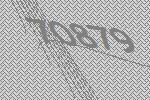
70879